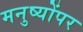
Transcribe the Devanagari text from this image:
मनुष्योंपर